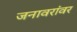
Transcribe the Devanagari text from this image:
जनावरांवर